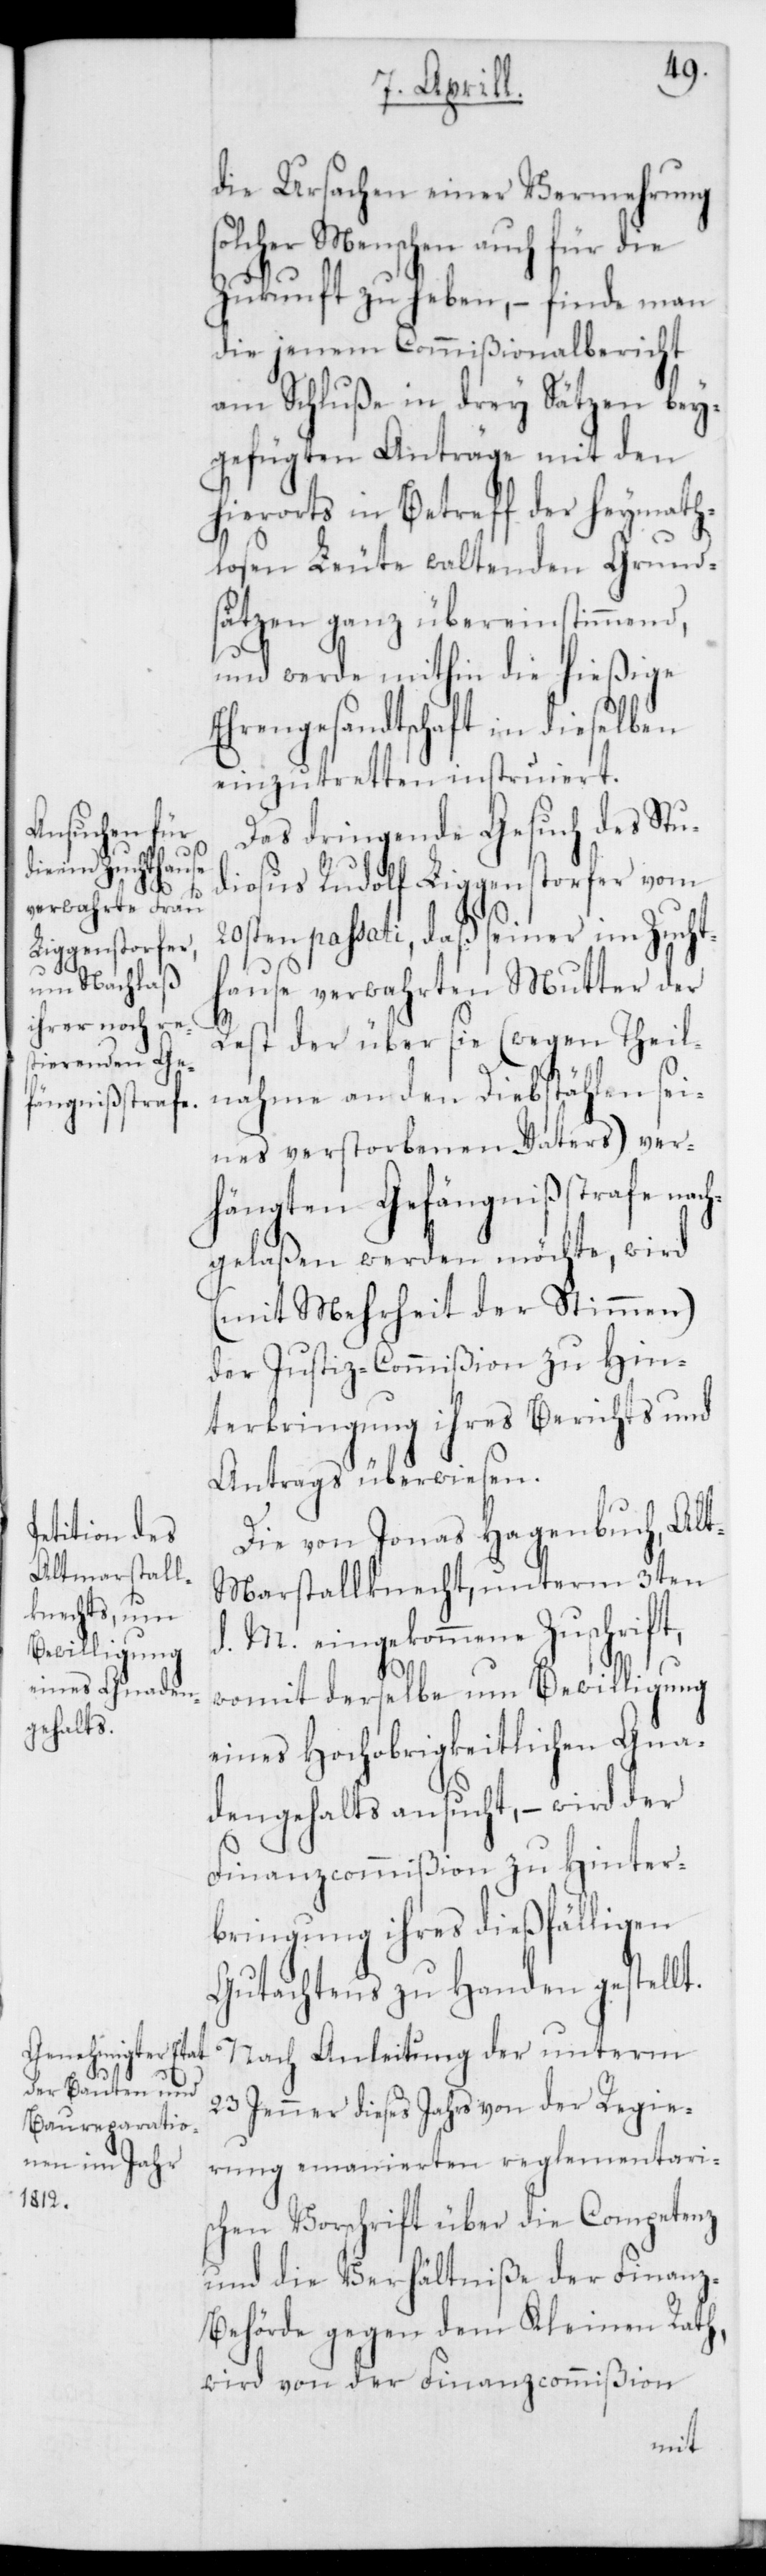
die Ursachen einer Vermehrung
solcher Menschen auch für die
Zukunft zu heben, – finde man
die jenem Commißionalbericht
am Schluße in drey Sätzen bey¬
gefügten Anträge mit den
hierorts in Betreff der heymath¬
losen Leute waltenden Grund¬
sätzen ganz übereinstimmend,
und werde mithin die hießige
Ehrengesandtschaft in dieselben
einzutretten instruiert.
Das dringende Gesuch des Stud¬
iosus Rudolf Liggenstorfer vom
23s¬
20sten passati, daß seiner im Zucht¬
hause verwahrten Mutter der
Rest der über sie (wegen Theil¬
nahme an den Diebstählen sei¬
nes verstorbenen Vaters) ver¬
hängten Gefängnisstrafe nach¬
gelaßen werden möchte, wird
(mit Mehrheit der Stimmen)
der Justiz-Commißion zu Hin¬
terbringung ihres Berichts und
Antrags überwiesen.
Die von Jonas Hagenbuch, Alt¬
marstallknecht, unterm 3ten
d. M. eingekommene Zuschrift,
womit derselbe um Bewilligung
eines Hochobrigkeitlichen Gna¬
dengehalts ansucht, – wird der
Finanzcommißion zu Hinter¬
bringung ihres dießfälligen
Gutachtens zu Handen gestellt.
ten Jenner dieses Jahrs von der Regie¬
rung emanierten reglementari¬
schen Vorschrift über die Competenz
und die Verhältniße der Finan¬
z-Behörde gegen den Kleinen Rath,
wird von der Finanzcommißion